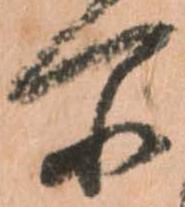
所